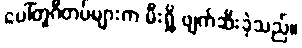
ပေါ်တူဂီတပ်များက မီးရှို့ ဖျက်ဆီးခဲ့သည်။